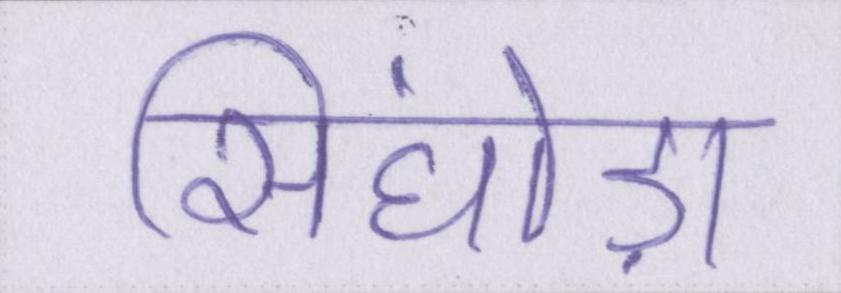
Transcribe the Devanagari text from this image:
सिंघोड़ा